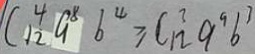
C _ { 1 2 } ^ { 4 } a ^ { 8 } b ^ { 4 } \geq C _ { 1 2 } ^ { 3 } a ^ { 9 } b ^ { 3 }